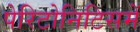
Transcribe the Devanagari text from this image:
पेरिटोनिटिसमें